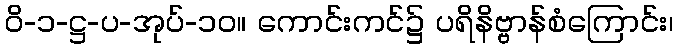
ဝိ-၁-ဋ္ဌ-ပ-အုပ်-၁၀။ ကောင်းကင်၌ ပရိနိဗ္ဗာန်စံကြောင်း၊